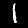
Label: 1